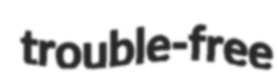
trouble-free